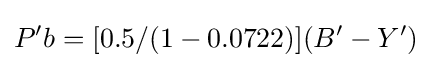
P'b=[0.5/(1-0.0722)](B'-Y')